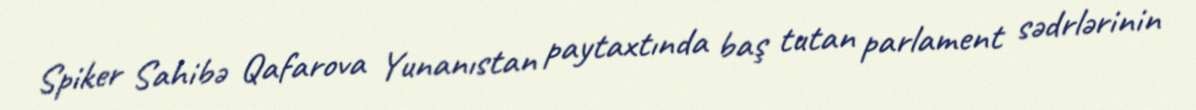
Spiker Sahibə Qafarova Yunanıstan paytaxtında baş tutan parlament sədrlərinin